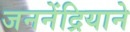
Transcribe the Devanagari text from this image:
जननेंद्रियाने